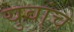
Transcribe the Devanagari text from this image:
युवांचे